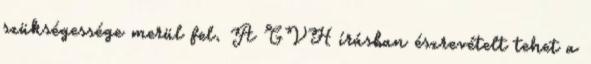
szükségessége merül fel. A GVH írásban észrevételt tehet a